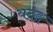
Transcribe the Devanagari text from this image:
यदङ्ग